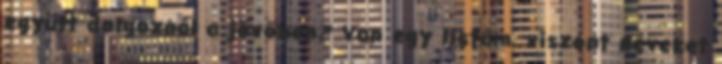
együtt dolgoznál a jövőben? Van egy listám, viszont neveket